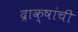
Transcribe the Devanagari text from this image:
द्राक्षांची